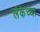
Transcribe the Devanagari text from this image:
लंकेच्या